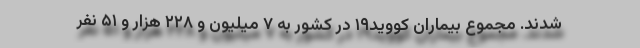
شدند. مجموع بیماران کووید۱۹ در کشور به ۷ میلیون و ۲۲۸ هزار و ۵۱ نفر